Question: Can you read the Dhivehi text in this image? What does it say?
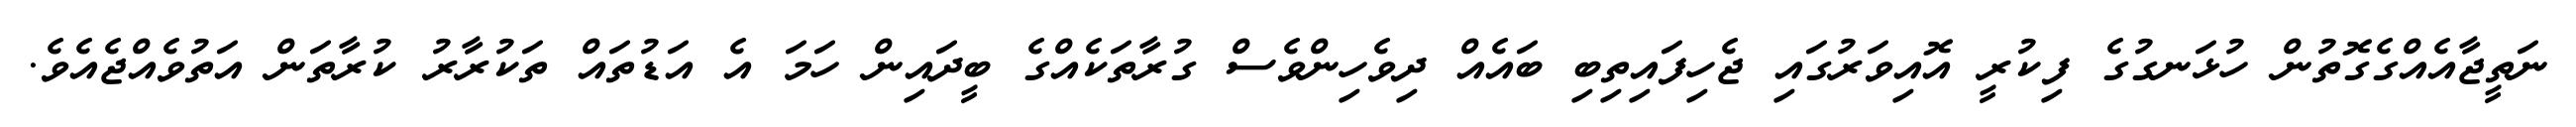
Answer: ނަތީޖާއެއްގެގޮތުން ހުޅަނގުގެ ފިކުރީ އޮއިވަރުގައި ޖެހިފައިތިބި ބައެއް ދިވެހިންވެސް ގުރާތަކެއްގެ ބީދައިން ހަމަ އެ އަޑުތައް ތަކުރާރު ކުރާތަން އަތުވެއްޖެއެވެ.